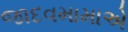
જાદવમામાએ